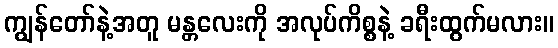
ကျွန်တော်နဲ့အတူ မန္တလေးကို အလုပ်ကိစ္စနဲ့ ခရီးထွက်မလား။